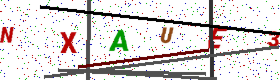
Text: NXAUE3